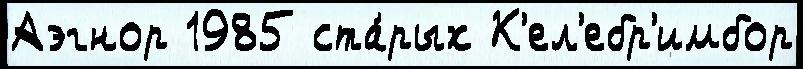
Аэгнор 1985 ста́рых К'ел'ебр'имбор